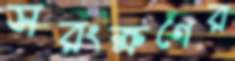
সরংক্ষণের